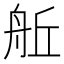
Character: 𮎈